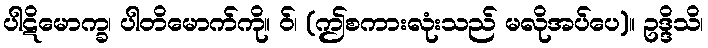
ပါဋိမောက္ခ၊ ပါတိမောက်ကို။ ဝ်၊ (ဤစကားလုံးသည် မလိုအပ်ပေ)။ ဥဒ္ဒိသိ၊